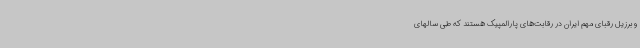
و برزیل رقبای مهم ایران در رقابت‌های پارالمپیک هستند که طی سالهای